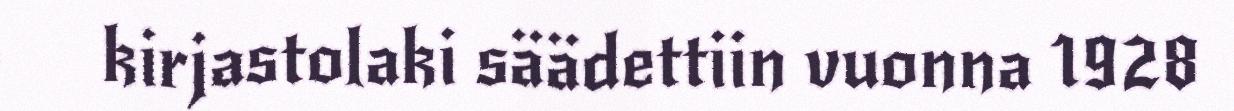
kirjastolaki säädettiin vuonna 1928